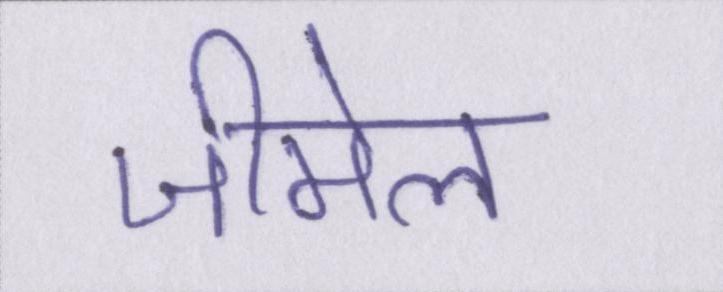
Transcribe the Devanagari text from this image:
जीमेल